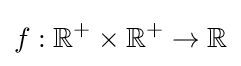
f:\mathbb {R} ^{+}\times \mathbb {R} ^{+}\rightarrow \mathbb {R}